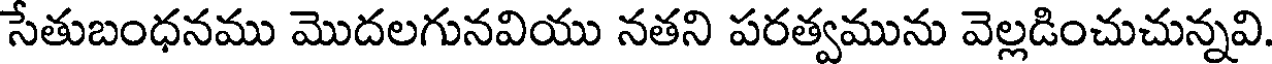
సేతుబంధనము మొదలగునవియు నతని పరత్వమును వెల్లడించుచున్నవి